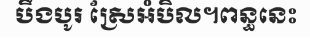
បឹងបូរ ស្រែអំបិល។ពន្ធនេះ